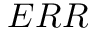
E R R